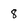
Character: 8